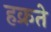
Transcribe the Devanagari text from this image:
हक्रते